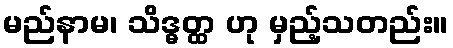
မည်နာမ၊ သိဒ္ဓတ္ထ ဟု မှည့်သတည်း။